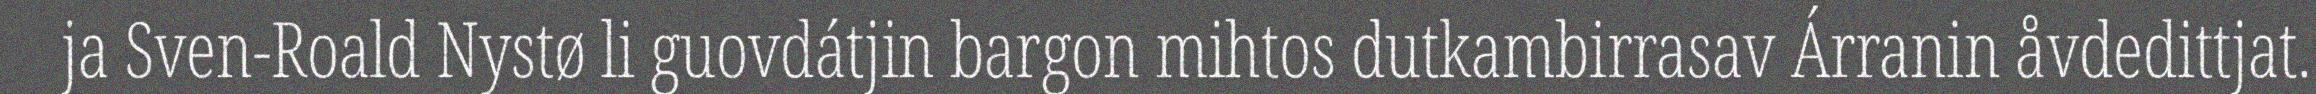
ja Sven-Roald Nystø li guovdátjin bargon mihtos dutkambirrasav Árranin åvdedittjat.